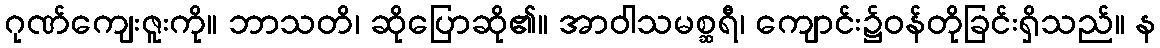
ဂုဏ်ကျေးဇူးကို။ ဘာသတိ၊ ဆိုပြောဆို၏။ အာဝါသမစ္ဆရီ၊ ကျောင်း၌ဝန်တိုခြင်းရှိသည်။ န